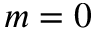
m = 0